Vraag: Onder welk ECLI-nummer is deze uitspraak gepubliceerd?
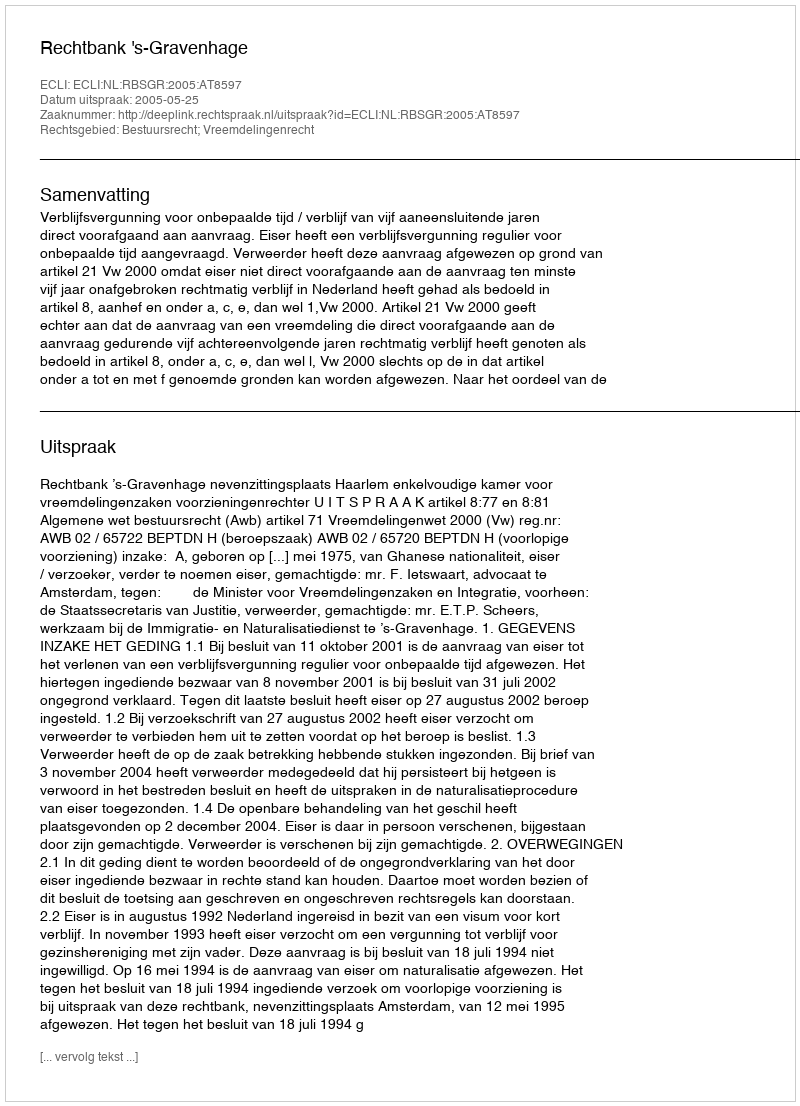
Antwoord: ECLI:NL:RBSGR:2005:AT8597